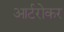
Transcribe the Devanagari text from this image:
आर्टरोकर